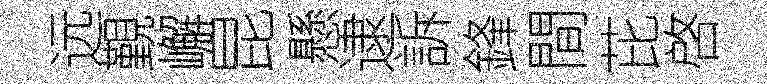
远覲嶰昆懸逮訴鋒間芘啓